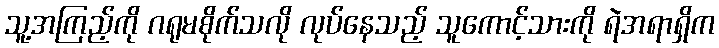
သူ့အကြည့်ကို ဂရုမစိုက်သလို လုပ်နေသည့် သူကောင့်သားကို ရဲအရာရှိက